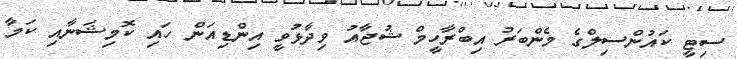
ސިޓީ ކައުންސިލްގެ މެންބަރު އިބްރާހީމް ޝުޖާއު ވިދާޅުވީ އިންޑިއަން ހައި ކޮމިޝަނާއި ކަމާ